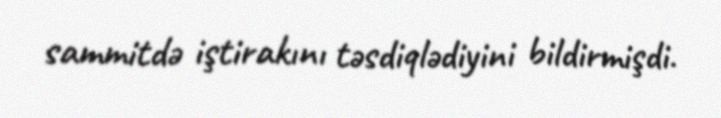
sammitdə iştirakını təsdiqlədiyini bildirmişdi.